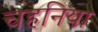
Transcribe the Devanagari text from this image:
चहनिया